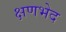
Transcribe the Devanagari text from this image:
क्षणभेद